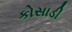
કોસાડી